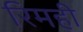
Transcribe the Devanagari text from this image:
रिमही